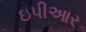
ઇપીઆર